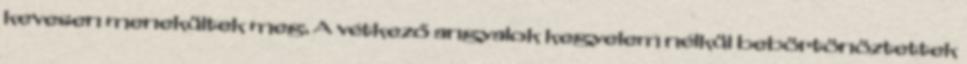
kevesen menekültek meg. A vétkező angyalok kegyelem nélkül bebörtönöztettek